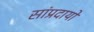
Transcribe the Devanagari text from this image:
सांप्रदायों